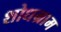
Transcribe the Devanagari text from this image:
शोधग्राम